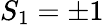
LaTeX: S_{1}=\pm 1